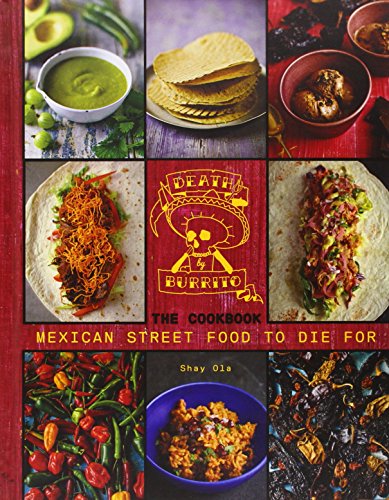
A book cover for Death by Burrito, Cookbook: Mexican Street Food to Die For; Shay Ola; Cookbooks, Food & Wine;